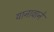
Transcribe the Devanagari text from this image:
यानावाने